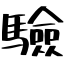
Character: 驗